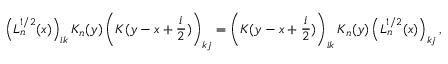
\left( L _ { n } ^ { 1 / 2 } ( x ) \right) _ { i k } K _ { n } ( y ) \left( K ( y - x + \frac { i } { 2 } ) \right) _ { k j } = \left( K ( y - x + \frac { i } { 2 } ) \right) _ { i k } K _ { n } ( y ) \left( L _ { n } ^ { 1 / 2 } ( x ) \right) _ { k j } ,